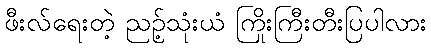
ဖီးလ်ရေးတဲ့ ညဉ့်သုံးယံ ကြိုးကြီးတီးပြပါလား